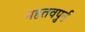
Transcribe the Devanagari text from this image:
महतवपुर्न